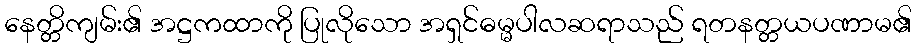
နေတ္တိကျမ်း၏ အဋ္ဌကထာကို ပြုလိုသော အရှင်ဓမ္မပါလဆရာသည် ရတနတ္တယပဏာမ၏